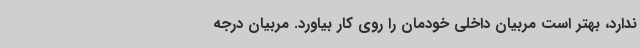
ندارد، بهتر است مربیان داخلی خودمان را روی کار بیاورد. مربیان درجه